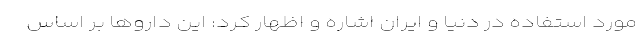
مورد استفاده در دنیا و ایران اشاره و اظهار کرد: این داروها بر اساس